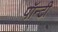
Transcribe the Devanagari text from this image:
पॉन्टी